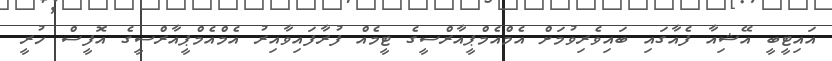
އައިޓީބީ އޭޝިއާ ފެއާގައި ބައިވެރިވުމަށް އެމްއެމްޕީއާރްސީގެ ޓީމެއް ފުރާފައިވާއިރު އެމްއެމްޕީއާރްސީގެ އޮފީސް ހުރީ